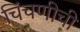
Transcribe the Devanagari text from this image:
चिंचणीची